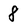
Character: 8